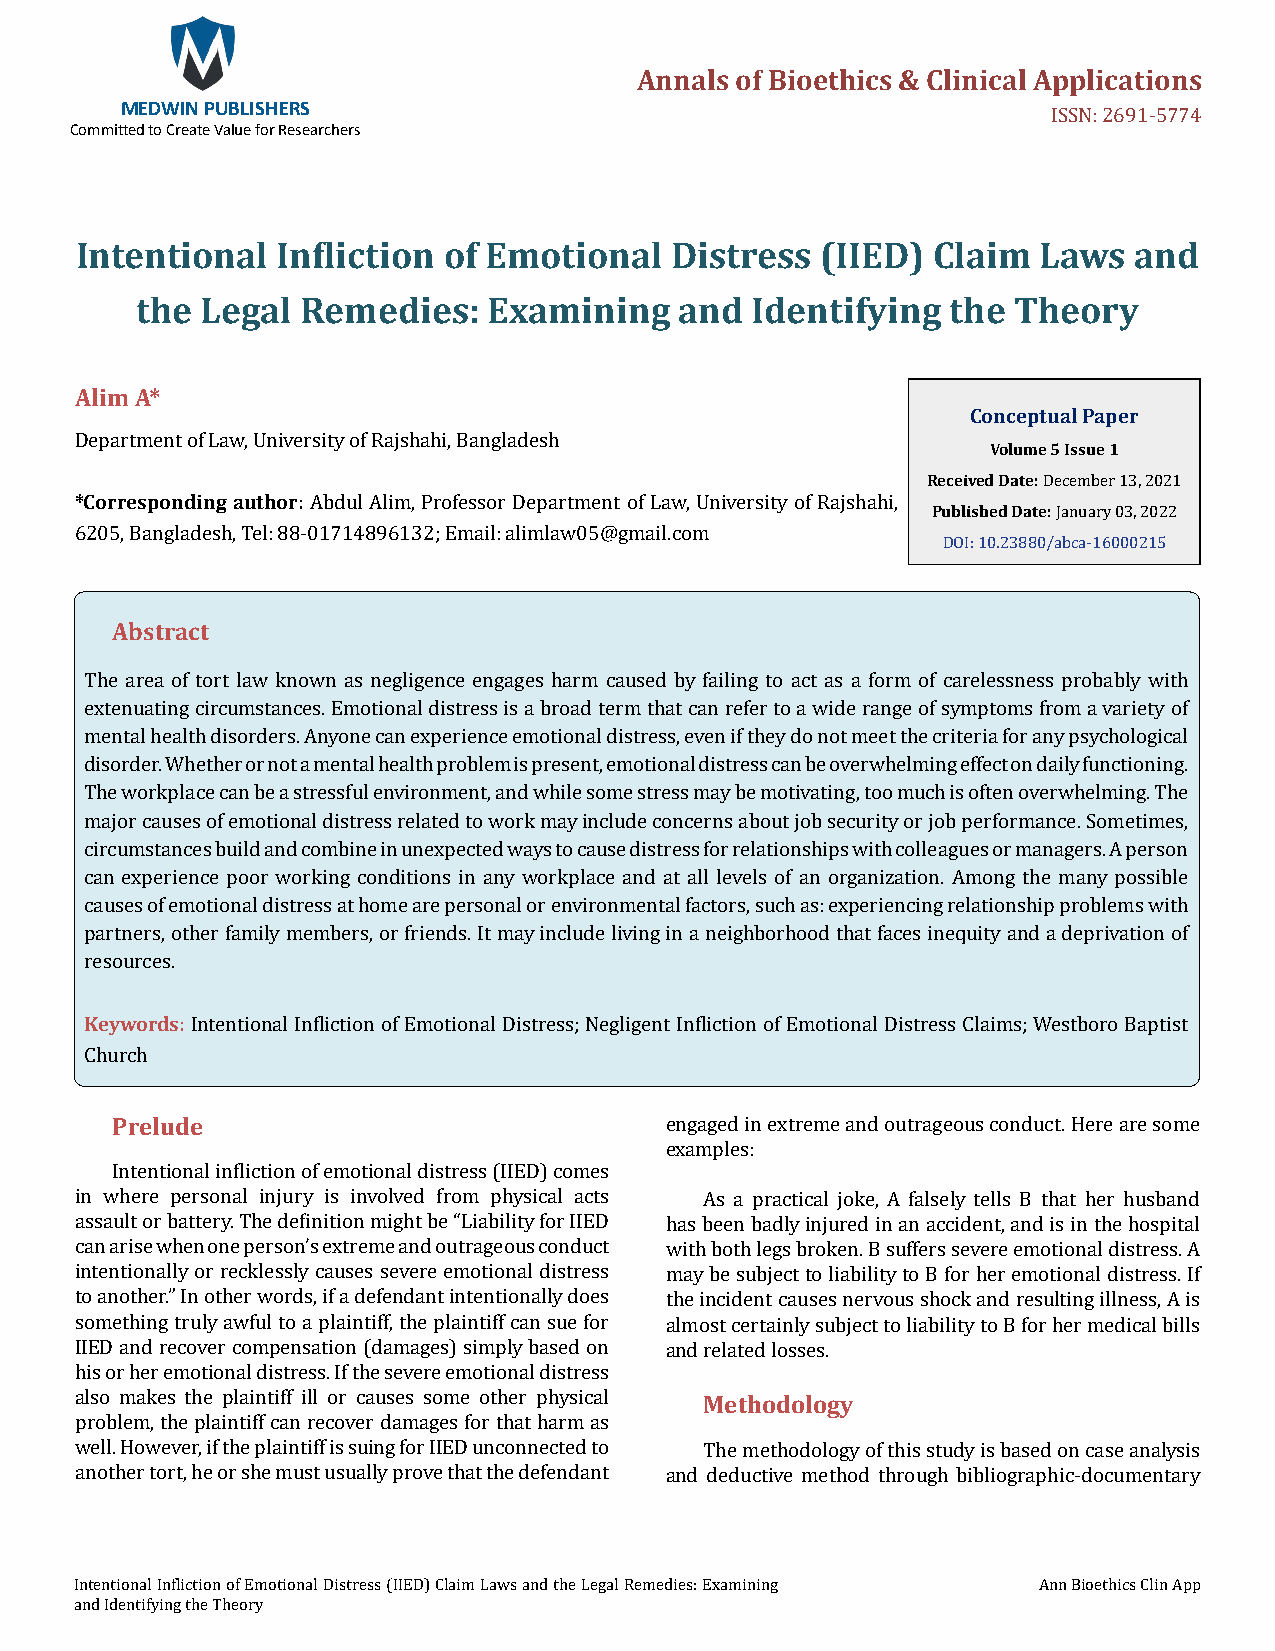
Annals of Bioethics & Clinical Applications
 MEDWIN PUBLISHERS
 Committed to Create Value for Researchers
 ISSN: 2691-5774
 Intentional  Infliction of Emotional   Distress  (IIED)  Claim  Laws  and
 the Legal  Remedies:   Examining    and  Identifying  the Theory
 Alim A*
 Conceptual Paper
 Volume 5 Issue 1
 Department of Law, University of Rajshahi, Bangladesh   Received Date:
 *Corresponding author:
 Published Date D: ecember 13, 2021
 Abdul Alim, Professor Department of Law, University of Rajshahi, January 03, 2022
 6205, Bangladesh, Tel: 88-01714896132; Email: alimlaw05@gmail.com DOI: 10.23880/abca-16000215
 Abstract
 The area of tort law known as negligence engages harm caused by failing to act as a form of carelessness probably with
 extenuating circumstances. Emotional distress is a broad term that can refer to a wide range of symptoms from a variety of
 mental health disorders. Anyone can experience emotional distress, even if they do not meet the criteria for any psychological
 disorder. Whether or not a mental health problem is present, emotional distress can be overwhelming effect on daily functioning.
 The workplace can be a stressful environment, and while some stress may be motivating, too much is often overwhelming. The
 major causes of emotional distress related to work may include concerns about job security or job performance. Sometimes,
 circumstances build and combine in unexpected ways to cause distress for relationships with colleagues or managers. A person
 can experience poor working conditions in any workplace and at all levels of an organization. Among the many possible
 causes of emotional distress at home are personal or environmental factors, such as: experiencing relationship problems with
 partners, other family members, or friends. It may include living in a neighborhood that faces inequity and a deprivation of
 resources.
 Keywords:
 Intentional Infliction of Emotional Distress; Negligent Infliction of Emotional Distress Claims; Westboro Baptist
 Church
 Prelude
 engaged in extreme and outrageous conduct. Here are some
 examples:
 Intentional infliction of emotional distress (IIED) comes
 in where personal injury is involved from physical acts As a practical joke, A falsely tells B that her husband
 assault or battery. The definition might be “Liability for IIED has been badly injured in an accident, and is in the hospital
 can arise when one person’s extreme and outrageous conduct with both legs broken. B suffers severe emotional distress. A
 intentionally or recklessly causes severe emotional distress may be subject to liability to B for her emotional distress. If
 to another.” In other words, if a defendant intentionally does the incident causes nervous shock and resulting illness, A is
 something truly awful to a plaintiff, the plaintiff can sue for almost certainly subject to liability to B for her medical bills
 IIED and recover compensation (damages) simply based on and related losses.
 Methodology
 his or her emotional distress. If the severe emotional distress
 also makes the plaintiff ill or causes some other physical
 problem, the plaintiff can recover damages for that harm as
 well. However, if the plaintiff is suing for IIED unconnected to The methodology of this study is based on case analysis
 another tort, he or she must usually prove that the defendant and deductive method through bibliographic-documentary
 Intentional Infliction of Emotional Distress (IIED) Claim Laws and the Legal Remedies: Examining Ann Bioethics Clin App
 and Identifying the Theory